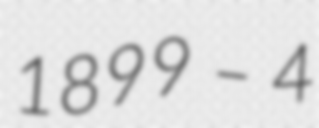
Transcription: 1899 – 4